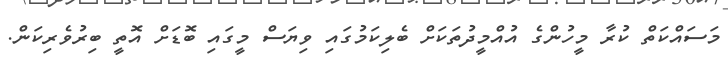
މަސައްކަތް ކުރާ މީހުންގެ އުއްމީދުތަކަަށް ބެލިކަމުގައި ވިޔަސް މީގައި ބޮޑަށް އޮތީ ބިރުވެރިކަން.